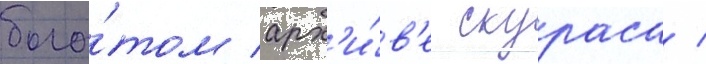
бога́том арх'и́в'е скураса /